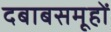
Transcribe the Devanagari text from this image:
दबाबसमूहों